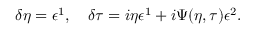
\delta \eta = \epsilon ^ { 1 } , \quad \delta \tau = i \eta \epsilon ^ { 1 } + i \Psi ( \eta , \tau ) \epsilon ^ { 2 } .